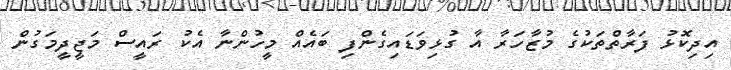
އިދިކޮޅު ފަރާތްތަކުގެ މުޒާހަރާ އާ ގުޅިވަޑައިގެންފި ބައެއް މީހުންނާ އެކު ރައީސް މަޖީދީމަގުން